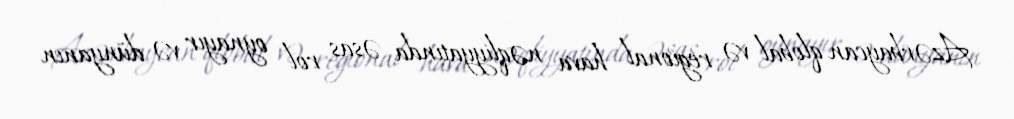
Azərbaycan qlobal və regional hava nəqliyyatında əsas rol oynayır və dünyanın